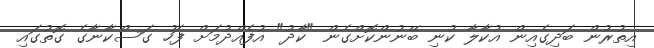
އިތުރުން ބަދިގެއިން އުކާލާ ކުނި ބޭނުންކޮށްގެން "ކާދު" އުފެއްދުމަަށް ފަހު ގަސްކާނާގެ ގޮތުގައި